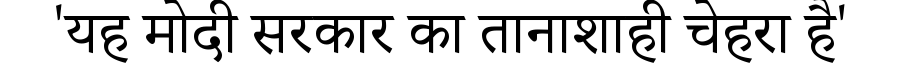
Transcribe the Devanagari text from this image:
'यह मोदी सरकार का तानाशाही चेहरा है'